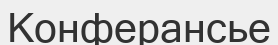
Конферансье